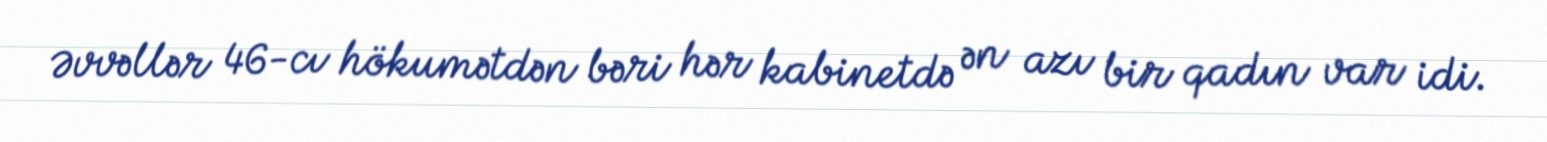
Əvvəllər 46-cı hökumətdən bəri hər kabinetdə ən azı bir qadın var idi.